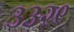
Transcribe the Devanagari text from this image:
३३२९